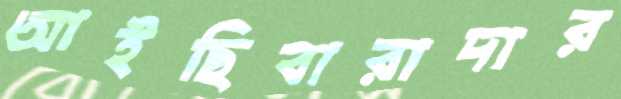
আইছিবারাদার